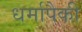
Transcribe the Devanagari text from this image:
धर्मापैकी